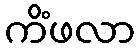
ကိံဖလာ